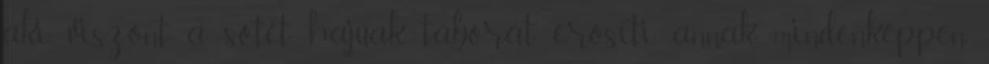
aki viszont a sötét hajúak táborát erősíti, annak mindenképpen